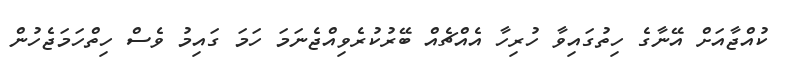
ކުއްޖާއަށް އޭނާގެ ހިތުގައިވާ ހުރިހާ އެއްޗެއް ބޭރުކުރެވިއްޖެނަމަ ހަމަ ގައިމު ވެސް ހިތްހަމަޖެހުން